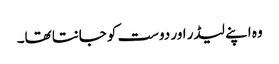
وہ اپنے لیڈر اور دوست کو جانتا تھا۔